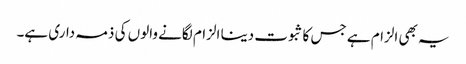
یہ بھی الزام ہے جس کا ثبوت دینا الزام لگانے والوں کی ذمہ داری ہے۔